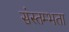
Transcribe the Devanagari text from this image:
संस्तम्भता